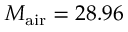
M _ { \mathrm { a i r } } = 2 8 . 9 6